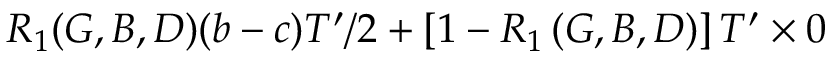
R _ { 1 } ( G , B , D ) ( b - c ) T ^ { \prime } / 2 + \left[ 1 - R _ { 1 } \left( G , B , D \right) \right] T ^ { \prime } \times 0